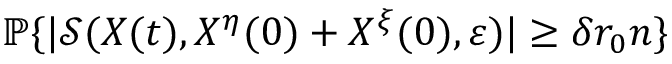
\mathbb { P } \{ | \mathcal { S } ( X ( t ) , X ^ { \eta } ( 0 ) + X ^ { \xi } ( 0 ) , \varepsilon ) | \ge \delta r _ { 0 } n \}